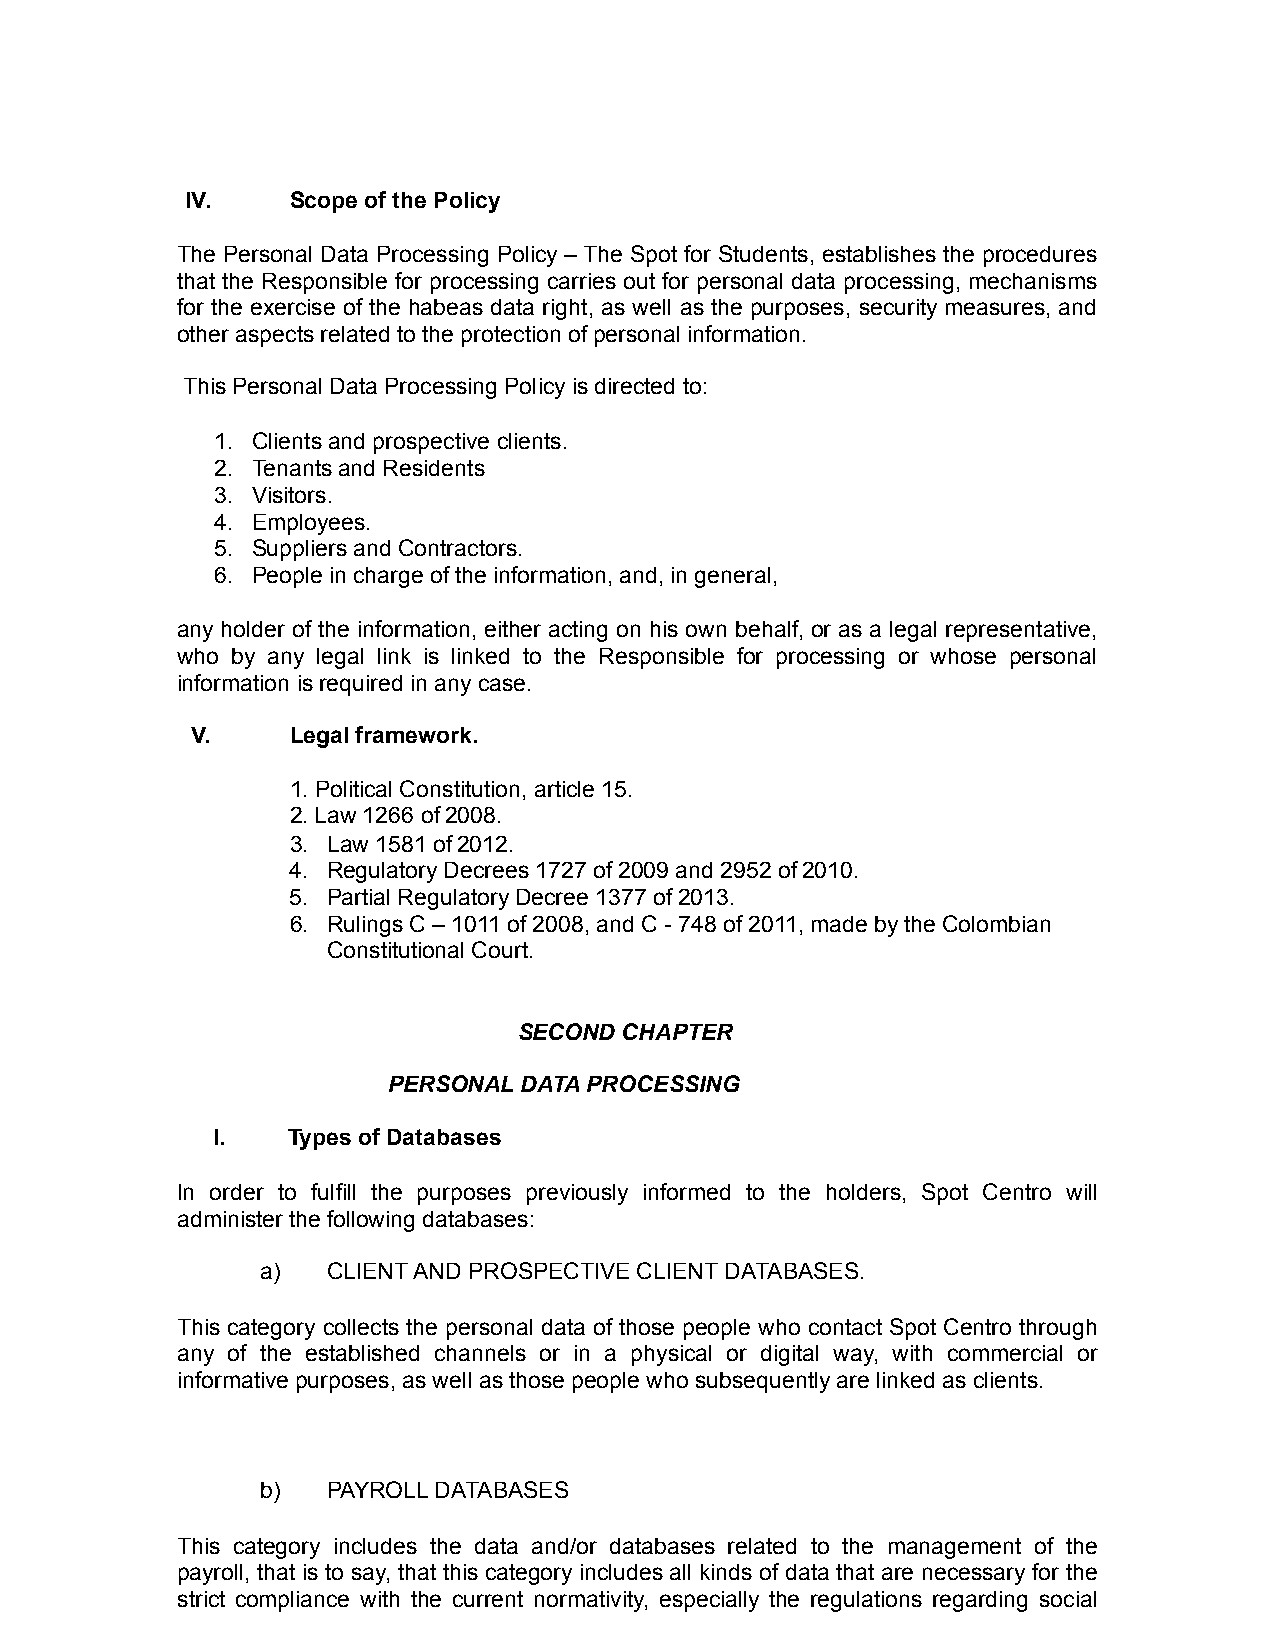
IV.    Scope of the Policy
 The Personal Data Processing Policy – The Spot for Students, establishes the procedures
 that the Responsible for processing carries out for personal data processing, mechanisms
 for the exercise of the habeas data right, as well as the purposes, security measures, and
 other aspects related to the protection of personal information.
 This Personal Data Processing Policy is directed to:
 1. Clients and prospective clients.
 2. Tenants and Residents
 3. Visitors.
 4. Employees.
 5. Suppliers and Contractors.
 6. People in charge of the information, and, in general,
 any holder of the information, either acting on his own behalf, or as a legal representative,
 who by any legal link is linked to the Responsible for processing or whose personal
 information is required in any case.
 V.    Legal framework.
 1. Political Constitution, article 15.
 2. Law 1266 of 2008.
 3. Law 1581 of 2012.
 4. Regulatory Decrees 1727 of 2009 and 2952 of 2010.
 5. Partial Regulatory Decree 1377 of 2013.
 6. Rulings C – 1011 of 2008, and C - 748 of 2011, made by the Colombian
 Constitutional Court.
 SECOND CHAPTER
 PERSONAL DATA PROCESSING
 I.   Types of Databases
 In order to fulfill the purposes previously informed to the holders, Spot Centro will
 administer the following databases:
 a)   CLIENT AND PROSPECTIVE CLIENT DATABASES.
 This category collects the personal data of those people who contact Spot Centro through
 any of the established channels or in a physical or digital way, with commercial or
 informative purposes, as well as those people who subsequently are linked as clients.
 b)   PAYROLL DATABASES
 This category includes the data and/or databases related to the management of the
 payroll, that is to say, that this category includes all kinds of data that are necessary for the
 strict compliance with the current normativity, especially the regulations regarding social